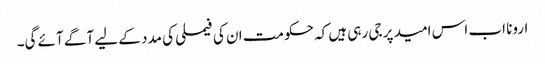
ارونا اب اس امید پر جی رہی ہیں کہ حکومت ان کی فیملی کی مدد کے لیے آگے آئے گی۔